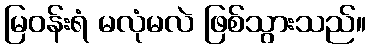
မြဝန်းရံ မလုံမလဲ ဖြစ်သွားသည်။